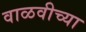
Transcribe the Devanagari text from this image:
वाळवीच्या